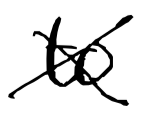
Text: to
Cross-out: cross
Writing tool: digital_black